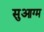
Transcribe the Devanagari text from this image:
सुआग्म